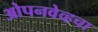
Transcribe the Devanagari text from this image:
ओपनवेव्हचा